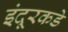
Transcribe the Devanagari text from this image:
इंदूरकडे